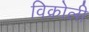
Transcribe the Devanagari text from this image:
विक्रोली